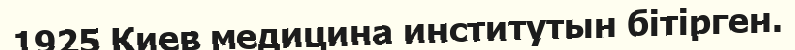
1925 Киев медицина институтын бітірген.